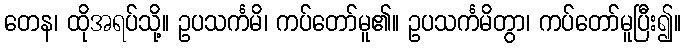
တေန၊ ထိုအရပ်သို့။ ဥပသင်္ကမိ၊ ကပ်တော်မူ၏။ ဥပသင်္ကမိတွာ၊ ကပ်တော်မူပြီး၍။